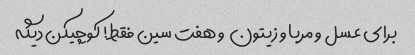
برای عسل و مربا و زیتون  و هفت سین فقط! کوچیکن دیگه